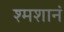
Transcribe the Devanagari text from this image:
श्मशानं